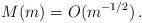
LaTeX: \begin{align*}M(m) = O(m^{-1/2})\, .\end{align*}